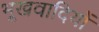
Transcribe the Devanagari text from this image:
भूखवादियों